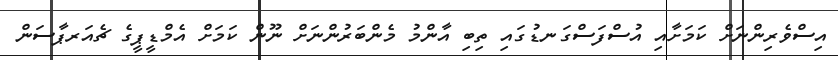
އިސްވެރިންނަށް ކަމަށާއި އުސްފަސްގަނޑުގައި ތިބި އާންމު މެންބަރުންނަށް ނޫން ކަމަށް އެމްޑީޕީގެ ޗެއަރޕާސަން